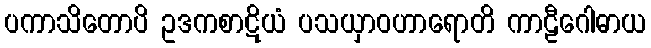
ပကာသိတောပိ ဥဒကစာဋိယံ ပသယှာဝဟာရောတိ ကာဠီဂေါဓာယ